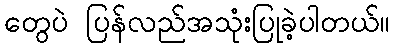
တွေပဲ ပြန်လည်အသုံးပြုခဲ့ပါတယ်။